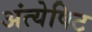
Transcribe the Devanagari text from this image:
अंत्येषिट